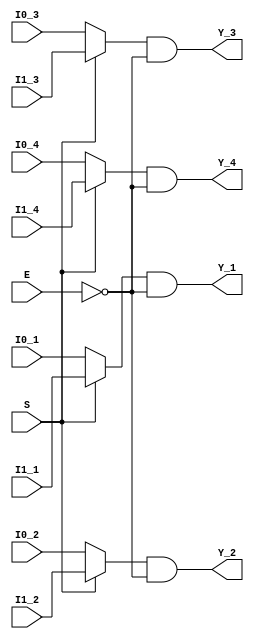


//Quad 2-input multiplexer; noninverting
//active LOW E
module ic_74157(
    Y_1, I0_1, I1_1,
    Y_2, I0_2, I1_2,
    Y_3, I0_3, I1_3,
    Y_4, I0_4, I1_4,
    S, E);
    output Y_1, Y_2, Y_3, Y_4;
    input I0_1, I1_1, 
          I0_2, I1_2,
          I0_3, I1_3,
          I0_4, I1_4;
    input S, E;

    assign Y_1 = ((S)? I1_1:I0_1) & ~E;
    assign Y_2 = ((S)? I1_2:I0_2) & ~E;
    assign Y_3 = ((S)? I1_3:I0_3) & ~E;
    assign Y_4 = ((S)? I1_4:I0_4) & ~E;

endmodule